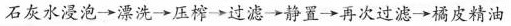
石灰水浸泡→漂洗→压榨→过滤→静置→再次过滤→橘皮精油